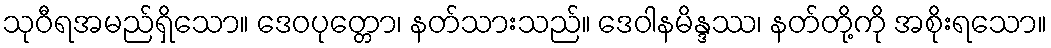
သုဝီရအမည်ရှိသော။ ဒေဝပုတ္တော၊ နတ်သားသည်။ ဒေဝါနမိန္ဒဿ၊ နတ်တို့ကို အစိုးရသော။